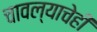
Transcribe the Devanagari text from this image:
चावल्याचेही